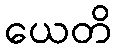
ယေတိ